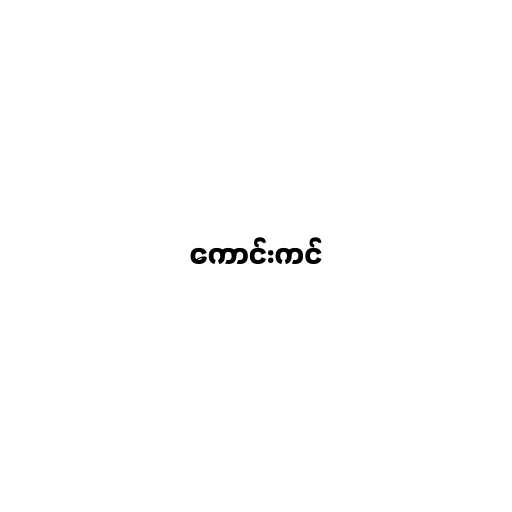
ကောင်းကင်